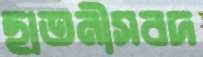
ছাতনীসবদ